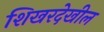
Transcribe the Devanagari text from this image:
शिखरदेखील